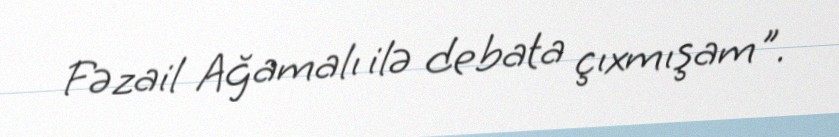
Fəzail Ağamalı ilə debata çıxmışam".